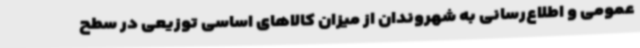
عمومی و اطلاع‌رسانی به شهروندان از میزان کالاهای اساسی توزیعی در سطح